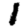
Digit: 1